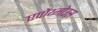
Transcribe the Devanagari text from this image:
एपोंय्मोउस